Leaving Certificate Examination, 1907
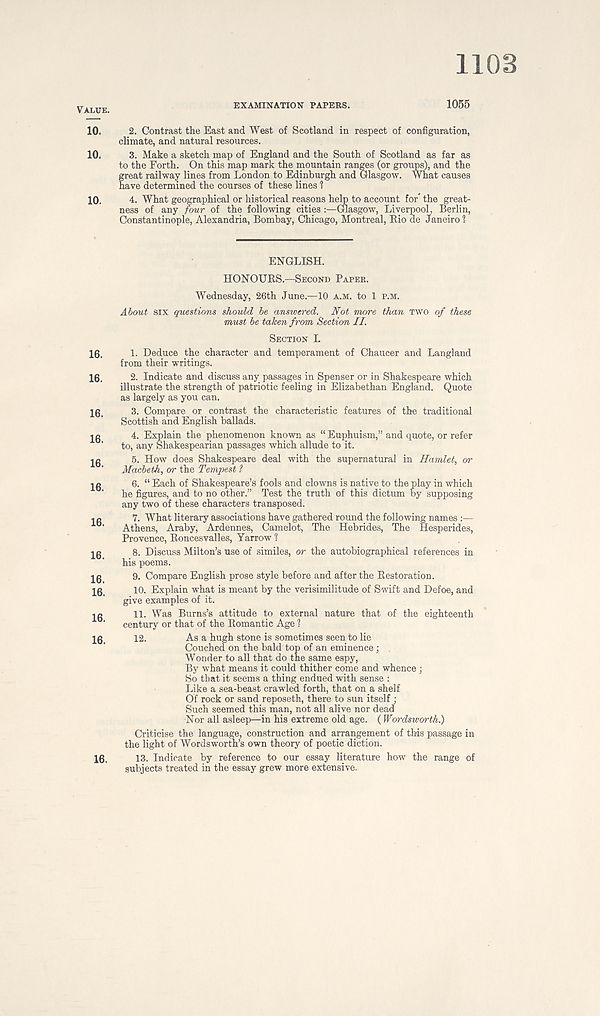
1108
ALUE
EXAMINATION PAPERS.
1055
10.
2. Contrast the East and West of Scotland in respect of configuration,
climate, and natural resources.
10.
3. Make a sketch map of England and the South of Scotland as far as
to the Forth. On this map mark the mountain ranges (or groups), and the
great railway lines from London to Edinburgh and Glasgow. What causes
have determined the courses of these lines 1
10.
4. What geographical or historical reasons help to account for* the great-
ness of any four of the following cities :—Glasgow, LiverpooL Berlin,
Constantinople, Alexandria, Bombay, Chicago, Montreal, Bio de Janeiro?
16.
16.
16.
16.
16.
16.
16.
16.
16.
16.
16.
ENGLISH.
HONOUBS.—SECOND PAPER.
Wednesday, 26th June.—10 A.M. to 1 P.M.
About six questions should be answered. Not more than TWO of these
must be taken from Section II.
SECTION L
1. Deduce the character and temperament of Chaucer and Langland
from their writings.
2. Indicate and discuss any passages in Spenser or in Shakespeare which
illustrate the strength of patriotic feeling in Elizabethan England. Quote
as largely as you can.
3. Compare or contrast the characteristic features of the traditional
Scottish and English ballads.
4. Explain the phenomenon known as “ Euphuism,” and quote, or refer
to, any Shakespearian passages which allude to it.
5. How does Shakespeare deal with the supernatural in Hamlet, or
Macbeth, or the Tempest ?
6. “ Each of Shakespeare’s fools and clowns is native to the play in which
he figures, and to no other.” Test the truth of this dictum by supposing
any two of these characters transposed.
7. What literary associations have gathered round the following names :—
Athens, Araby, Ardennes, Camelot, The Hebrides, The Hesperides,
Provence, Boncesvalles, Yarrow 1
8. Discuss Milton’s use of similes, or the autobiographical references in
his poems.
9. Compare English prose style before and after the Bestoration.
10. Explain what is meant by the verisimilitude of Swift and Defoe, and
give examples of it.
11. Was Burns’s attitude to external nature that of the eighteenth
century or that of the Bomantic Age ?
12.
As a hugh stone is sometimes seen to lie
Couched on the bald top of an eminence;
Wonder to all that do the same espy,
By what means it could thither come and whence ;
So that it seems a thing endued with sense :
Like a sea-beast crawled forth, that on a shelf
Of rock or sand reposeth, there to sun itself •
Such seemed this man, not all alive nor dead
Nor all asleep—in his extreme old age. ( Wordsworth.)
Criticise the language, construction and arrangement of this passage in
the light of Wordsworth’s own theory of poetic diction.
13. Indicate by reference to our essay literature how the range of
subjects treated in the essay grew more extensive.